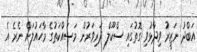
އަބްދު ނަޒީރު ވިދާޅުވި ގޮތުގައި ސްކޫލް ދަރިވަރުން މަސައްކަތުގެ މާހައުލަށް ނެރެ އެ